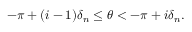
- \pi + ( i - 1 ) \delta _ { n } \le \theta < - \pi + i \delta _ { n } .